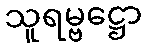
သူရမ္ဗဋ္ဌော